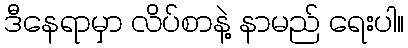
ဒီနေရာမှာ လိပ်စာနဲ့ နာမည် ရေးပါ။